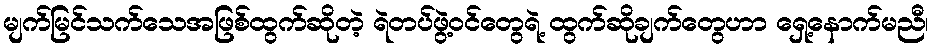
မျက်မြင်သက်သေအဖြစ်ထွက်ဆိုတဲ့ ရဲတပ်ဖွဲ့ဝင်တွေရဲ့ ထွက်ဆိုချက်တွေဟာ ရှေ့နောက်မညီ၊